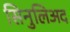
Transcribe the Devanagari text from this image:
सिनुलिअद